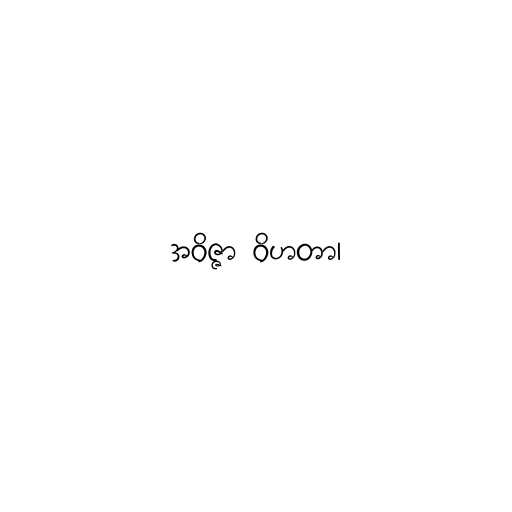
အဝိဇ္ဇာ ဝိဟတာ၊